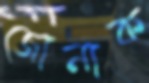
জোনাক